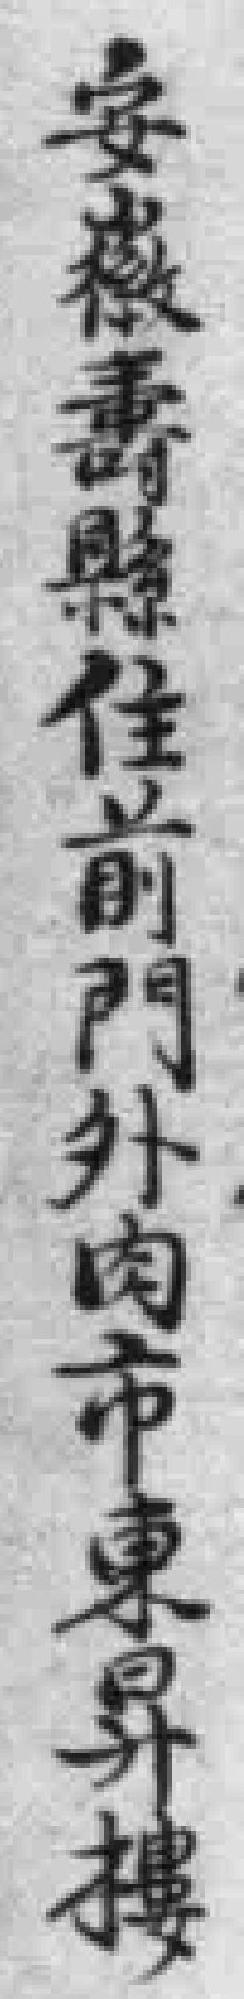
安徽壽縣住前門外肉市東昇樓